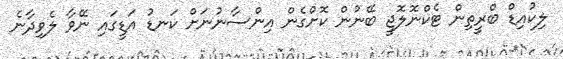
ލިކުއިޑް ބްރީތިން ޓެކްނޮލޮޖީ ބޭނުން ކޮށްގެން އިންސާނުނަށް ކަނޑު އަޑީގައި ނޭވާ ލެވިދާނެ